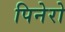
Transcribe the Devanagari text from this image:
पिनेरो